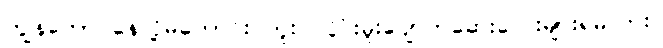
ကျွန်တော် နေလို့မကောင်း ဘူး၊ လှိုင်းမူးပျောက်ဆေးလေးများရမလား။